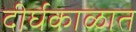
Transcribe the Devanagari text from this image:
दीर्घकाळात